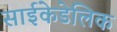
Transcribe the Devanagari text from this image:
साईकेडेलिक